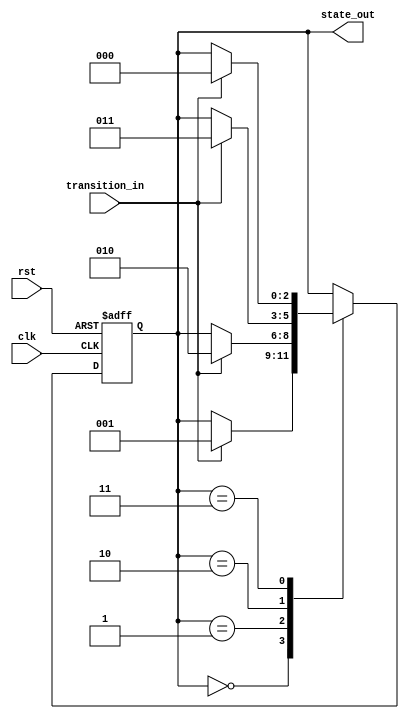
module state_machine(
    input clk,      // clock signal
    input rst,      // reset signal
    input transition_in,  // input signal for state transitions
    output reg [2:0] state_out  // output signal representing current state
);

// define states
parameter STATE_0 = 3'b000;
parameter STATE_1 = 3'b001;
parameter STATE_2 = 3'b010;
parameter STATE_3 = 3'b011;

// define state encoding priority
parameter PRIORITY_STATE_0 = 2'b00;
parameter PRIORITY_STATE_1 = 2'b01;
parameter PRIORITY_STATE_2 = 2'b10;

// define state machine logic
always @(posedge clk or posedge rst) begin
    if (rst) begin
        state_out <= STATE_0;
    end else begin
        case(state_out)
            STATE_0: begin
                if (transition_in) begin
                    state_out <= STATE_1;
                end
            end
            STATE_1: begin
                if (transition_in) begin
                    state_out <= STATE_2;
                end
            end
            STATE_2: begin
                if (transition_in) begin
                    state_out <= STATE_3;
                end
            end
            STATE_3: begin
                if (transition_in) begin
                    state_out <= STATE_0;
                end
            end
        endcase
    end
end

endmodule